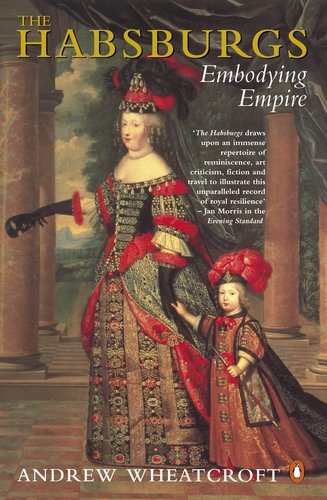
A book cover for The Habsburgs; Andrew Wheatcroft; Reference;